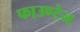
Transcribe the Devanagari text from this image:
फाउण्टेन